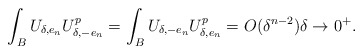
\begin{align*} \int_{B} U_{\delta,e_n}U_{\delta,-e_n}^p =\int_{B} U_{\delta,-e_n}U_{\delta,e_n}^p =O(\delta^{n-2})\delta\to 0^+.\end{align*}